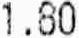
1.80